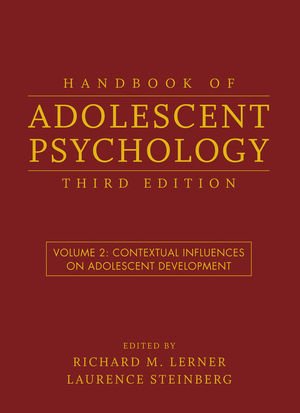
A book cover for Handbook of Adolescent Psychology, Contextual Influences on Adolescent Development (Volume 2); Richard M. Lerner; Medical Books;